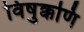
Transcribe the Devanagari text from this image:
विषुक्कणि